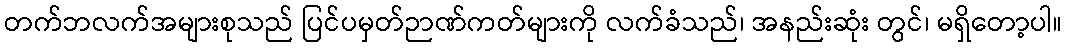
တက်ဘလက်အများစုသည် ပြင်ပမှတ်ဉာဏ်ကတ်များကို လက်ခံသည်၊ အနည်းဆုံး တွင်၊ မရှိတော့ပါ။